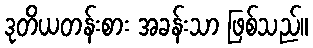
ဒုတိယတန်းစား အခန်းသာ ဖြစ်သည်။